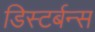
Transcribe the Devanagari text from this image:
डिस्टर्बन्स